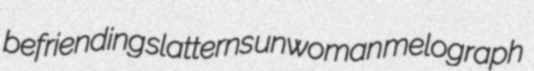
befriending slatterns unwoman melograph